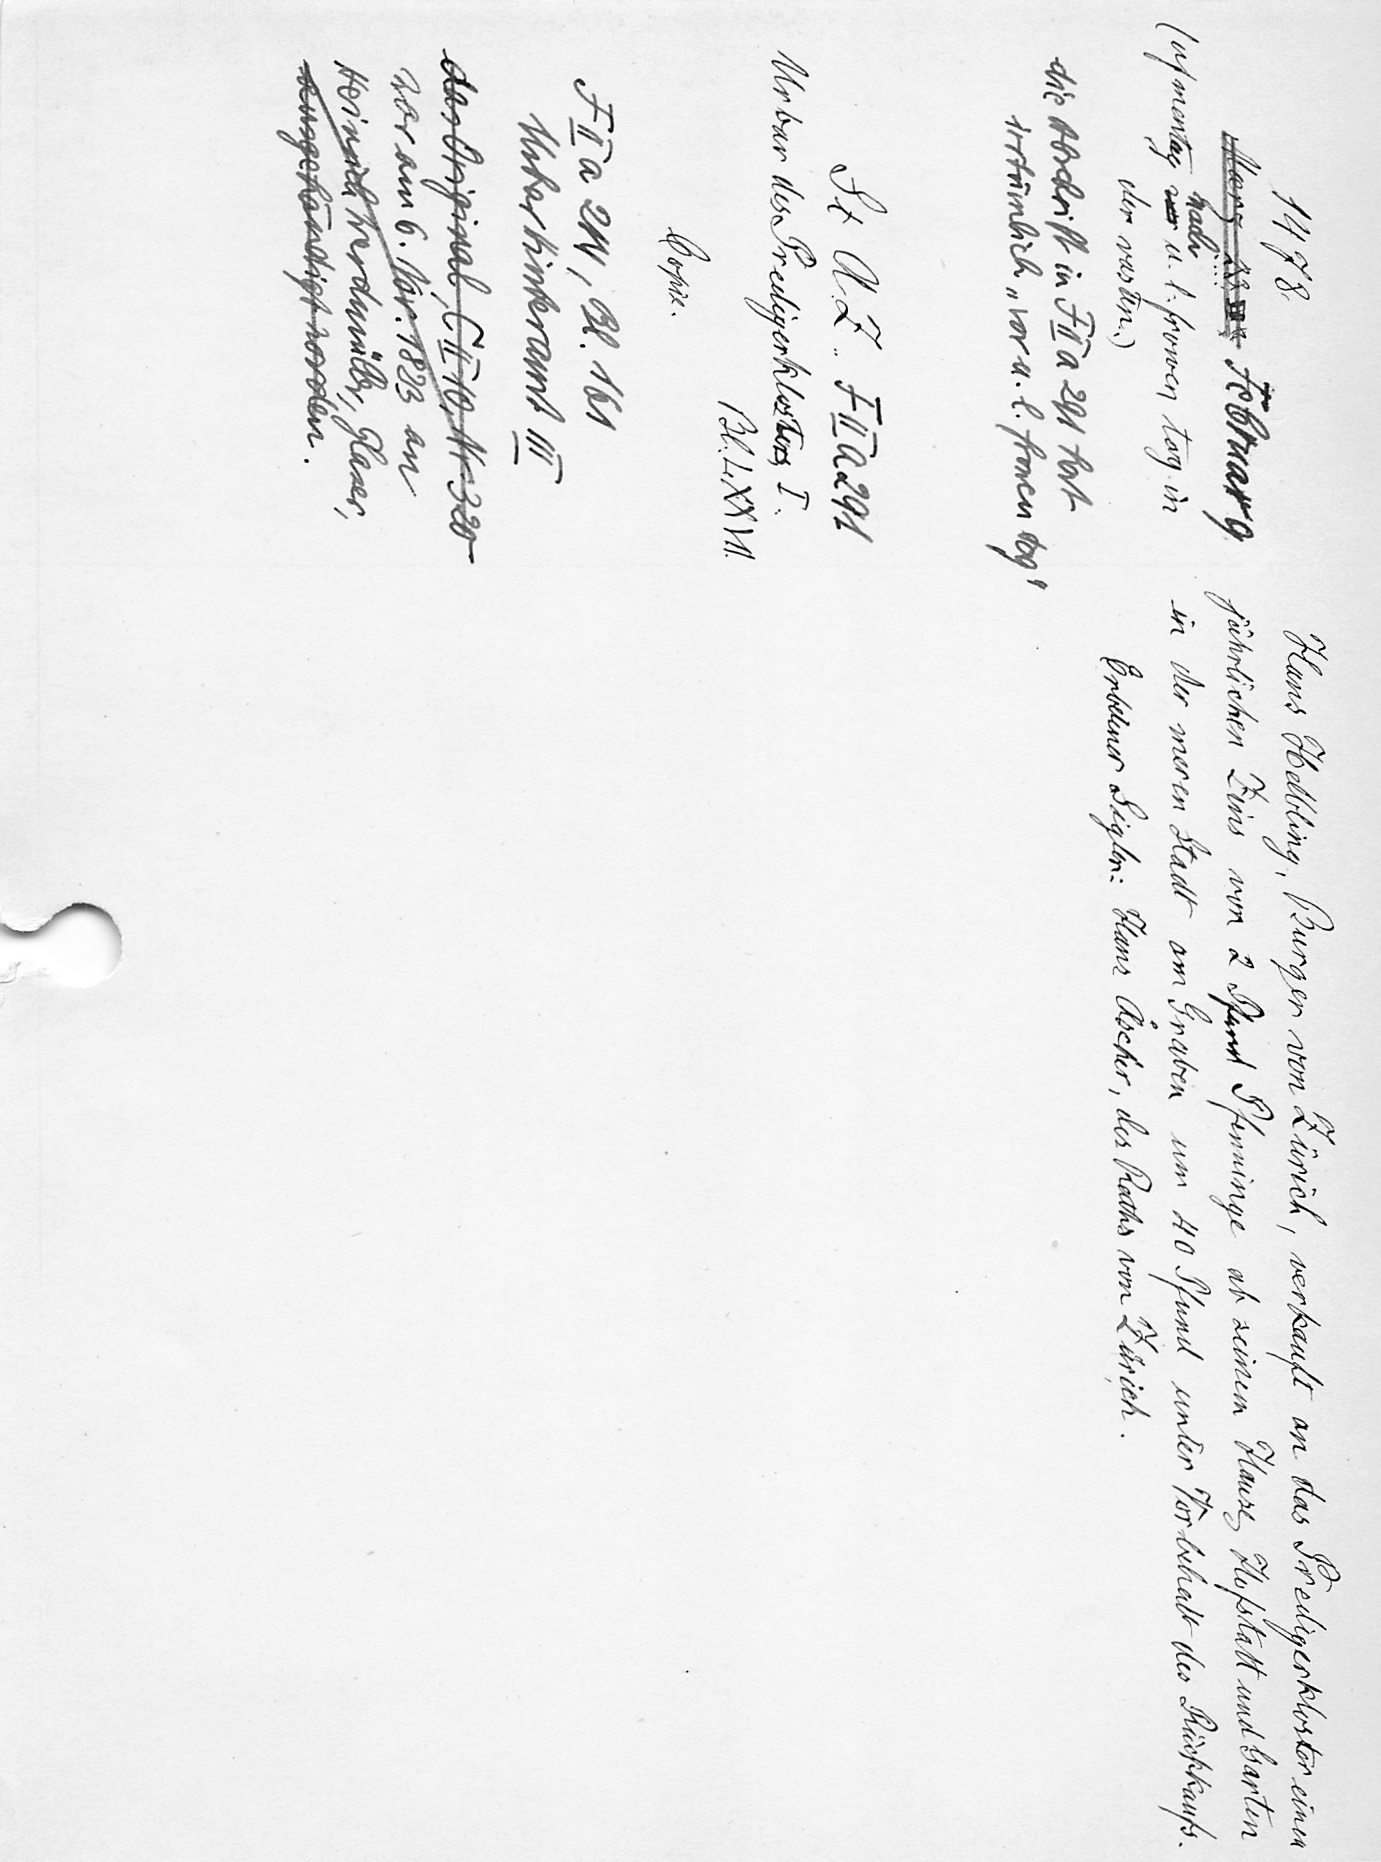
Hans Helbling, Burger von Zürich, verkauft an das Predigerkloster einen
jährlichen Zins von 2 Pfund Pfenninge ab seinem Hause Hofstatt und Garten
in der meren Stadt am Graben um 40 Pfund unter Vorbehalt des Rückkaufs.
Erbetener Sigler: Hans Aͤscher, des Raths von Zürich.

1478.
Marz 23 u. Februar 9.
nach
(uf mertag un. u. l. frowen tag in
der vasten.)
die Abschrift in F II a 291 hat
irrtümlich "vor a. l. frowen tag"
St. A. Z. F II a 291
Urbar des Predigerklosters I.
Bl. LXXVII.
Copie.
F II a 214, Bl. 161
Urbar Hinteramt III
das Original, C II 10, Nr. 320
war am 6. Nov. 1823 an
Heinrich Werdmüller, Glaser,
ausgehändigt worden.